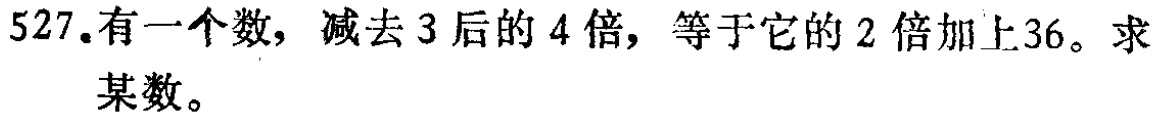
527.有一个数，减去3后的4倍，等于它的2倍加上36。求某数。